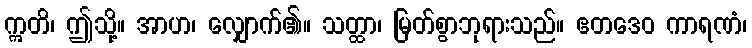
ဣတိ၊ ဤသို့။ အာဟ၊ လျှောက်၏။ သတ္ထာ၊ မြတ်စွာဘုရားသည်။ ဧတဒေဝ ကာရဏံ၊